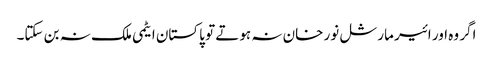
اگر وہ اور ائیر مارشل نور خان نہ ہوتے تو پاکستان ایٹمی ملک نہ بن سکتا۔